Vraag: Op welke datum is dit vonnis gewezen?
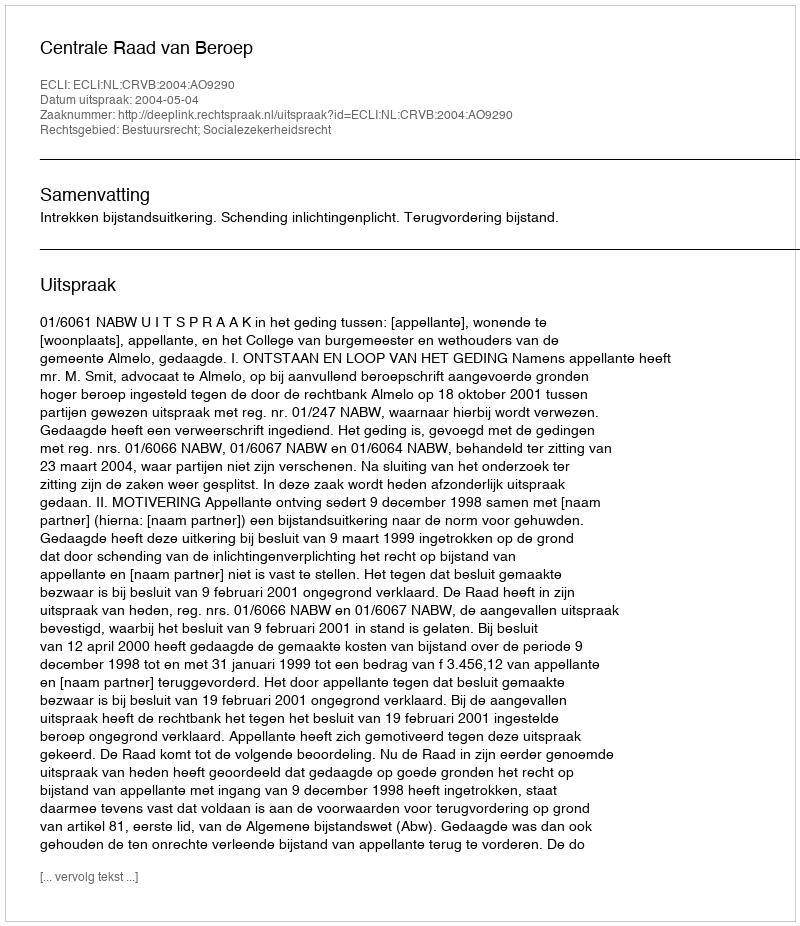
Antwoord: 2004-05-04